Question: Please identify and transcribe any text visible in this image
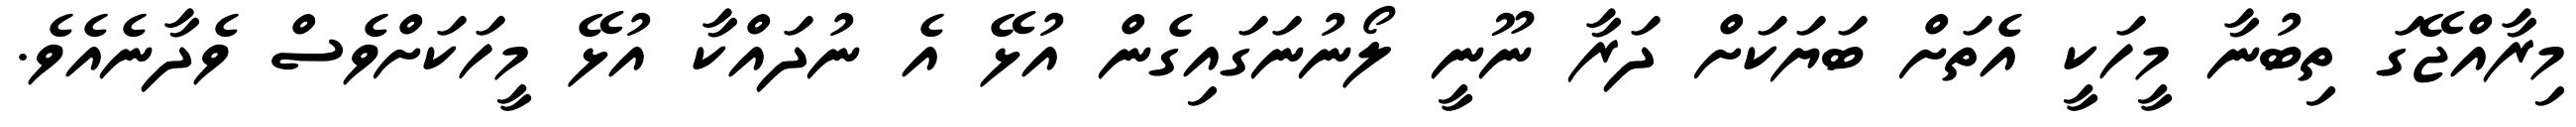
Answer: މިރާއްޖޭގަ ތިބުނާ މީހަކީ އެތަށް ބަޔަކަށް ދަރާ ނޫނީ ލޯނުނަގައިގެން އުޅޭ އެ ނުދައްކާ އުޅޭ މީހަކަށްވެސް ވެދާނެއެވެ.